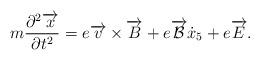
LaTeX: \begin{align*}m\frac{\partial ^{2}\overrightarrow{x}}{\partial t^{2}}=e\overrightarrow{v}\times \overrightarrow{B}+e\overrightarrow{{\cal {B}}}\dot{x}_{5} +e\overrightarrow{E}.\end{align*}